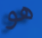
هو